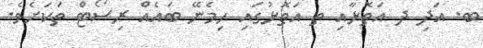
ބ. އަދި ދ އަތޮޅާއި ތ އަތޮޅުގައި ހިމެނޭ ބައެއް ރިސޯޓް ތަކަށެވެ.